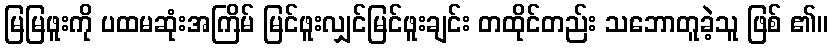
မြမြဖူးကို ပထမဆုံးအကြိမ် မြင်ဖူးလျှင်မြင်ဖူးချင်း တထိုင်တည်း သဘောတူခဲ့သူ ဖြစ် ၏။